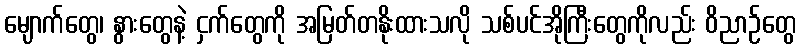
မျောက်တွေ၊ နွားတွေနဲ့ ငှက်တွေကို အမြတ်တနိုးထားသလို သစ်ပင်အိုကြီးတွေကိုလည်း ဝိညာဉ်တွေ